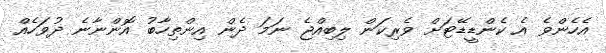
އެހެންވެ އެ ކެންޑީޑޭޓަށް ވެރިކަން ލިބިއްޖެ ނަމަ ދެން އިންތިހާބު އޮންނާނެ ދުވަހެއް